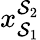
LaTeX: x_{\mathcal{S}_{1}}^{\mathcal{S}_{2}}